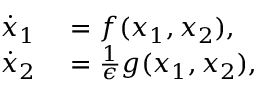
\begin{array} { r l } { \dot { x } _ { 1 } } & { { } = f ( x _ { 1 } , x _ { 2 } ) , } \\ { \dot { x } _ { 2 } } & { { } = \frac { 1 } { \epsilon } g ( x _ { 1 } , x _ { 2 } ) , } \end{array}